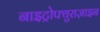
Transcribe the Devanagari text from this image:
नाइट्रोफ्युराज़ाइन